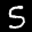
Label: 5